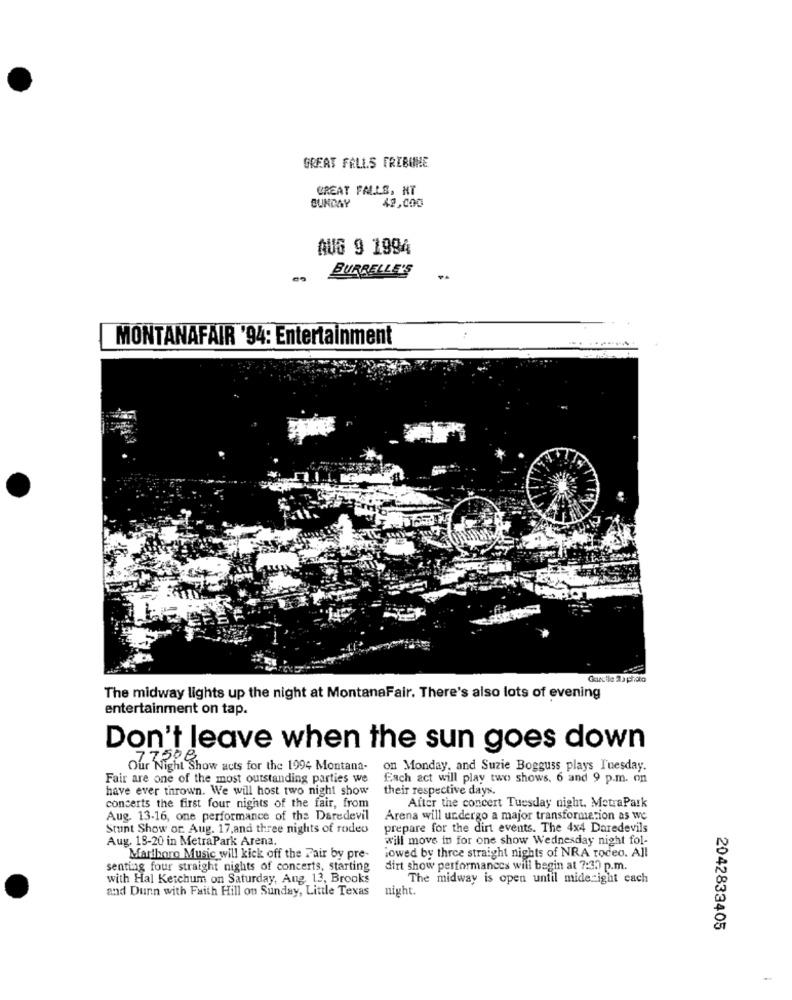
GREAT FALLS FREBUNE
GREAT FALLS, NT
42,000
SUNDAY
AUG 9 1994
BURRELLE'S
MONTANAFAIR '94: Entertainment
Carelle 2 a photo
The midway lights up the night at MontanaFair. There's also lots of evening
entertainment on tap.
Don't leave when the sun goes down
Our Night Show acts for the 1994 Montana-
on Monday, and Suzie Bogguss plays Tuesday.
Fair are one of the most outstanding parties we
Each act will play two shows. 6 and 9 p.m. on
have ever thrown. We will host two night show
their respective days.
concerts the first four nights of the fair, from
After the concert Tuesday night. MetraPark
Aug. 13-16, one performance of the Daredevil
Arena will undergo a major transformation as we
Stunt Show or. Aug. 17,and three nights of rodeo
prepare for the dirt events. The 4x4 Daredevils
Aug. 19-20 in MetraPark Arena.
will move in for one show Wednesday night fol-
lowed by three straight nights of NRA rodeo. All
Marlboro Music will kick off the Fair by pre-
senting four straight nights of concerts, starting
dirt show performances will begin at 7:30 p.m.
with Hal Ketchum on Saturday, Ang. 13, Brooks
The midway is open until mide ight cach
and Dunn with Faith Hill on Sunday, Little Texas
night.
2042833405